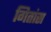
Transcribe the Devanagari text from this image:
गितांस